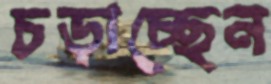
চড়াচ্ছেন